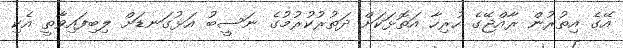
އޭގެ އިތުރުން ރާއްޖޭގެ ހުރިހާ އަތޮޅަކަށް ދަތުރުކުރުމުގެ ނަސީބު އަޅުގަނޑަށް ލިބިފައިވާތީ އެކި